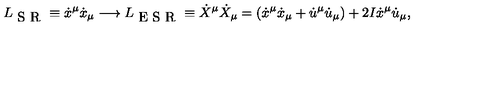
L _ { \textrm { S R } } \equiv \dot { x } ^ { \mu } \dot { x } _ { \mu } \longrightarrow L _ { \textrm { E S R } } \equiv \dot { X } ^ { \mu } \dot { X } _ { \mu } = ( \dot { x } ^ { \mu } \dot { x } _ { \mu } + \dot { u } ^ { \mu } \dot { u } _ { \mu } ) + 2 I \dot { x } ^ { \mu } \dot { u } _ { \mu } ,